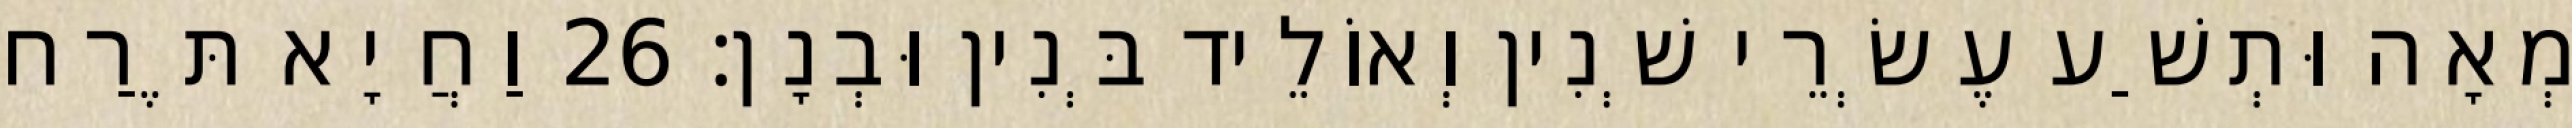
מְאָה וּתְשַׁע עֶשְׂרֵי שְׁנִין וְאוֹלֵיד בְּנִין וּבְנָן׃ 26 וַחֲיָא תֶּרַח